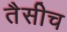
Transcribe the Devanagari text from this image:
तैसीच